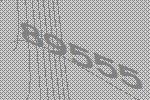
89555